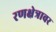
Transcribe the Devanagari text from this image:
रणक्षेत्रावर